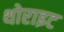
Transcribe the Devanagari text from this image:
थोराइट